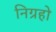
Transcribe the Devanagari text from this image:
निग्रहो